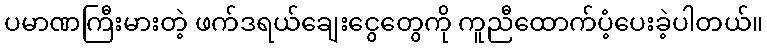
ပမာဏကြီးမားတဲ့ ဖက်ဒရယ်ချေးငွေတွေကို ကူညီထောက်ပံ့ပေးခဲ့ပါတယ်။